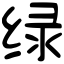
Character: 绿